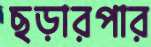
ছড়ারপার